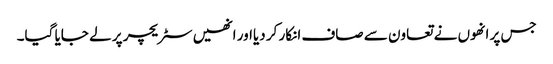
جس پر انھوں نے تعاون سے صاف انکار کر دیااور انھیں سٹریچر پر لے جایا گیا۔